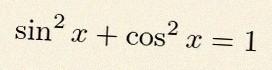
\sin^2x+\cos^2x=1